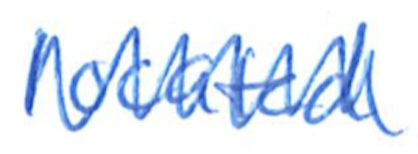
Text: located
Cross-out: zig-zag
Writing tool: ballpoint